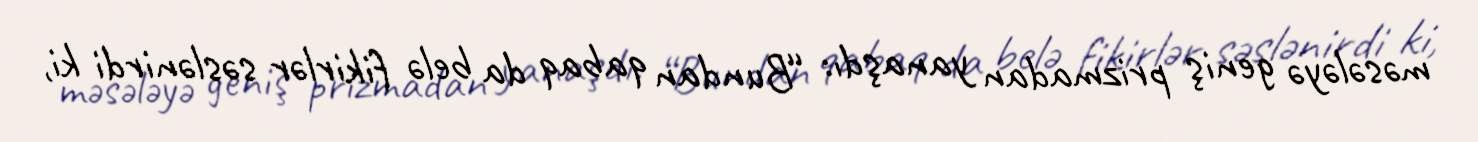
məsələyə geniş prizmadan yanaşdı: “Bundan qabaq da belə fikirlər səslənirdi ki,